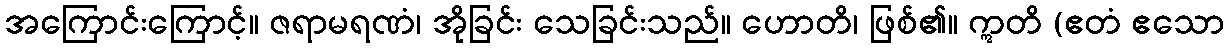
အကြောင်းကြောင့်။ ဇရာမရဏံ၊ အိုခြင်း သေခြင်းသည်။ ဟောတိ၊ ဖြစ်၏။ ဣတိ (ဧတံ ဧသော